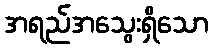
အရည်အသွေးရှိသော